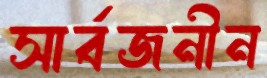
সার্বজনীন